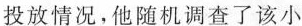
投放情况，他随机调查了该小